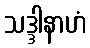
သဒ္ဒါနာဟံ